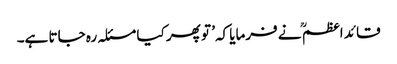
قائد اعظم ؒ نے فرمایا کہ’ تو پھر کیا مسئلہ رہ جاتا ہے۔